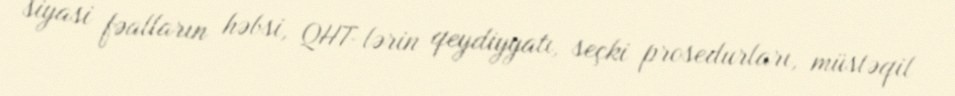
siyasi fəalların həbsi, QHT-lərin qeydiyyatı, seçki prosedurları, müstəqil